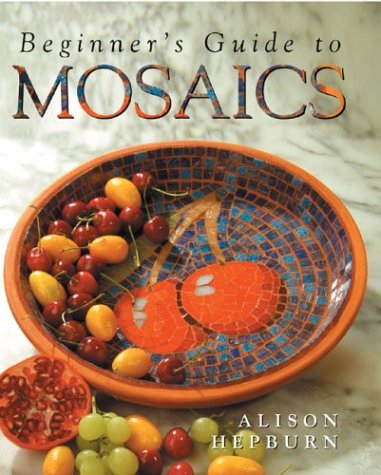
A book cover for Beginner's Guide to Mosaics; Alison Hepburn; Arts & Photography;